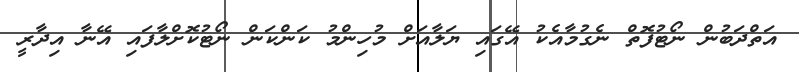
އަތްދަބުން ނޯޓުފޮތް ނެގުމާއެކު އޭގައި ޔަލާއަށް މުހިންމު ކަންކަން ނޯޓުކޮށްލާފައި އޭނާ އިދާރީ